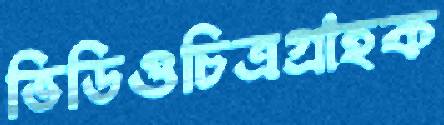
ভিডিওচিত্রগ্রাহক